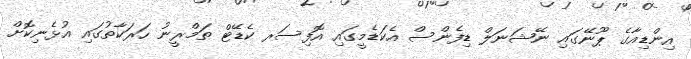
އިންޑިއާގެ ޕޫނޭގައި ނޭޝަނަލް ޑިފެންސް އެކަޑެމީގައި އޮފިސަރ ކެޑޭޓް ތަމްރީނު ހަރަކާތުގައި އުޅެނިކޮށް